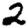
Digit: 2